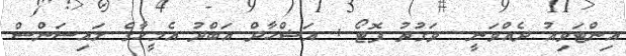
އިންޓަވިއު ދެއްވަނީ  ވަގުތު ފޮޓޯ : އަޝްހާދް އަބްދު އެމީހާގެ ލައިސަންސް